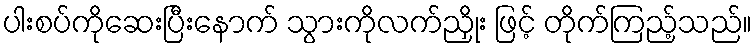
ပါးစပ်ကိုဆေးပြီးနောက် သွားကိုလက်ညှိုး ဖြင့် တိုက်ကြည့်သည်။